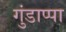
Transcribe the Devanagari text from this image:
गुंडाप्पा